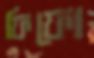
ফিফো